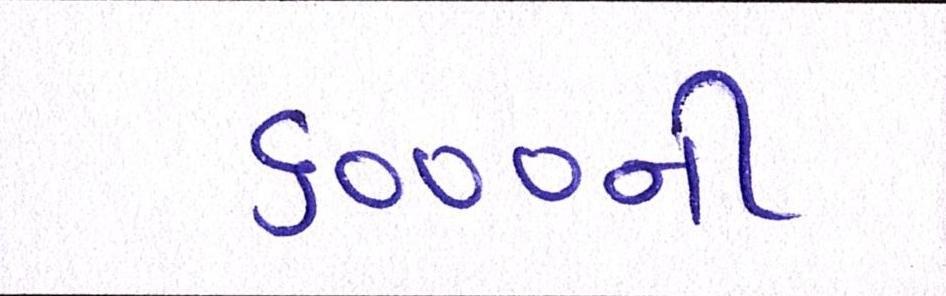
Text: ૬૦૦૦ની